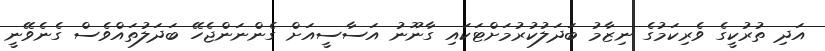
އަދި ތުރުކީގެ ވެރިކަމުގެ ނިޒާމު ބަދަލުކުރުމަށްޓަކައި ގާނޫނު އަސާސީއަށް ގެންނަންޖެހޭ ބަދަލުތައްވެސް ގެނެވޭނީ